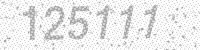
Solution: 125111